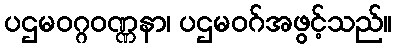
ပဌမဝဂ္ဂဝဏ္ဏနာ၊ ပဌမဝဂ်အဖွင့်သည်။